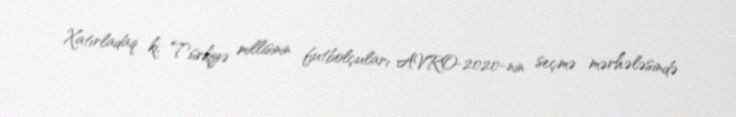
Xatırladaq ki, Türkiyə millisinin futbolçuları AVRO-2020-nin seçmə mərhələsində